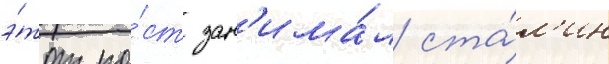
э́тот по́ст зан'има́л ста́л'ин